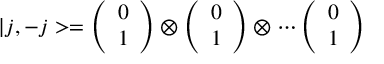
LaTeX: | j , - j > = \left( \begin{array} { c } { { 0 } } \\ { { 1 } } \end{array} \right) \otimes \left( \begin{array} { c } { { 0 } } \\ { { 1 } } \end{array} \right) \otimes \cdots \left( \begin{array} { c } { { 0 } } \\ { { 1 } } \end{array} \right)